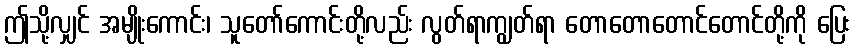
ဤသို့လျှင် အမျိုးကောင်း၊ သူတော်ကောင်းတို့လည်း လွတ်ရာကျွတ်ရာ တောတောတောင်တောင်တို့ကို ပြေး